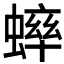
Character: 𫋔